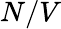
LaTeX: N/V